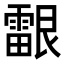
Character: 𬰉